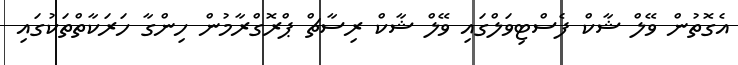
އެގޮތުން ވޭލް ޝާކް ފެސްޓިވަލްގައި ވޭލް ޝާކް ރިސާޗް ޕްރޮގްރާމުން ހިންގާ ހަރަކާތްތަކުގައި